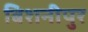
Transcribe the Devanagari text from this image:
बिशनीपुर